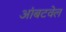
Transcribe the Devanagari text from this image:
आंबटवेल